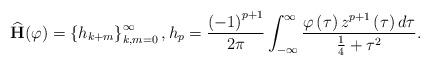
LaTeX: \begin{align*}\widehat{\mathbf{H}}(\varphi)=\left\{ h_{k+m}\right\} _{k,m=0}^{\infty},h_{p}=\frac{\left( -1\right) ^{p+1}}{2\pi}\int_{-\infty}^{\infty}\frac{\varphi\left( \tau\right) z^{p+1}\left( \tau\right) d\tau}{\frac{1}{4}+\tau^{2}}. \end{align*}